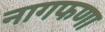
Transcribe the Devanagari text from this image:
नागफणा